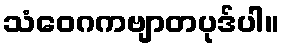
သံဝေဂကဗျာတပုဒ်ပါ။